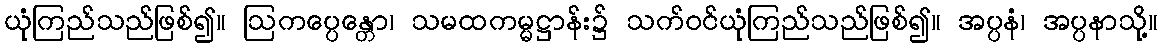
ယုံကြည်သည်ဖြစ်၍။ ဩကပ္ပေန္တော၊ သမထကမ္မဋ္ဌာန်း၌ သက်ဝင်ယုံကြည်သည်ဖြစ်၍။ အပ္ပနံ၊ အပ္ပနာသို့။